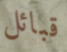
قبائل